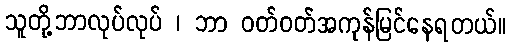
သူတို့ဘာလုပ်လုပ် ၊ ဘာ ဝတ်ဝတ်အကုန်မြင်နေရတယ်။